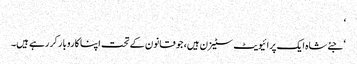
‘
‘ جئےشاہ ایک پرائیویٹ سٹیزن ہیں، جو قانون کے تحت اپنا کاروبار کر رہے ہیں۔